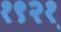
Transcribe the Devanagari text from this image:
१९२१़